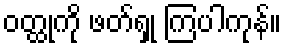
ဝတ္ထုကို ဖတ်ရှု ကြပါကုန်။